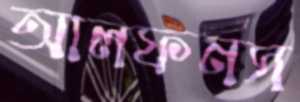
আলফনস